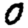
Digit: 0